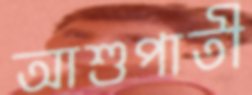
আশুপাতী